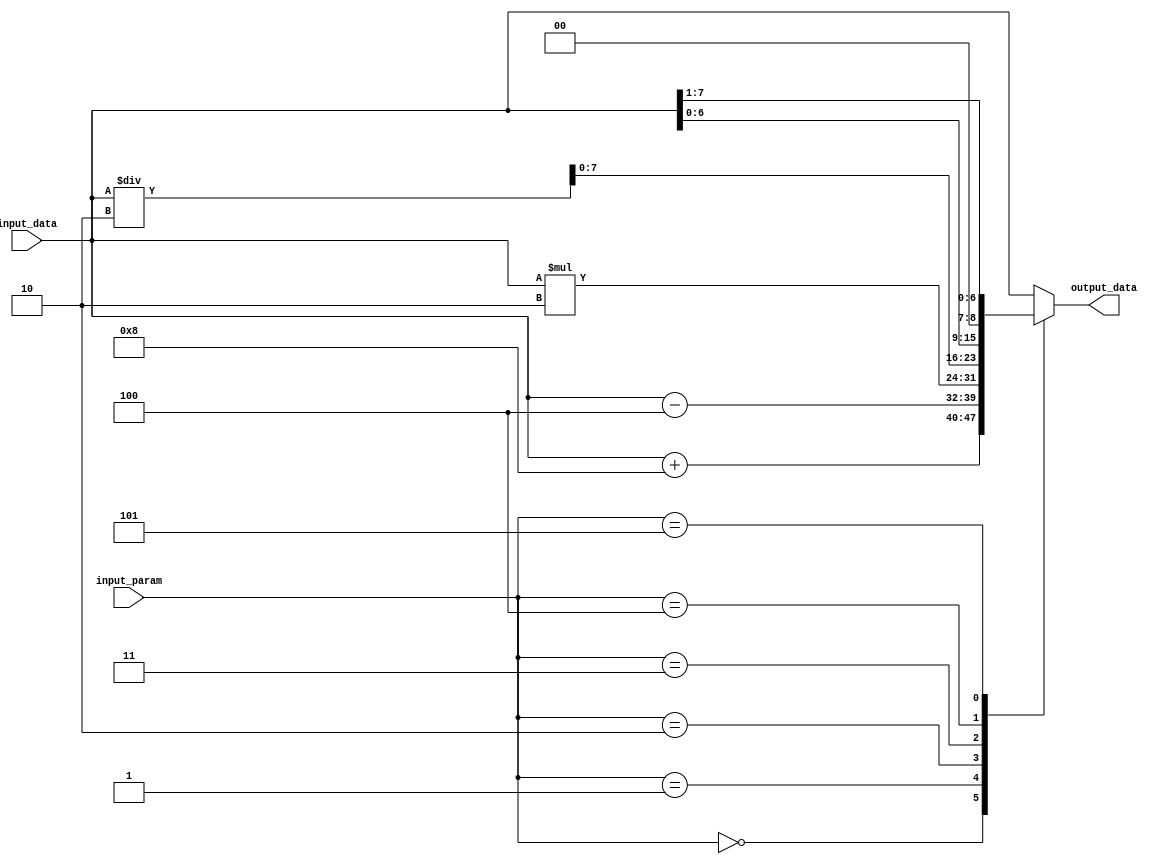
module Generate_Function (
    input [7:0] input_data,
    input [2:0] input_param,
    output reg [7:0] output_data
);

always @(*) begin
    case (input_param)
        3'b000: output_data = input_data + 8;
        3'b001: output_data = input_data - 4;
        3'b010: output_data = input_data * 2;
        3'b011: output_data = input_data / 2;
        3'b100: output_data = input_data << 1;
        3'b101: output_data = input_data >> 1;
        default: output_data = input_data;
    endcase
end

endmodule